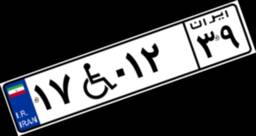
۱۷W۰۱۲۳۹